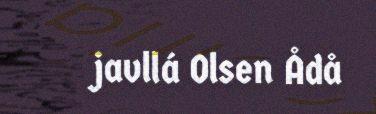
javllá Olsen Ådå